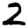
Digit: 2